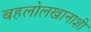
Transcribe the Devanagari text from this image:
बहलोलखानाशी